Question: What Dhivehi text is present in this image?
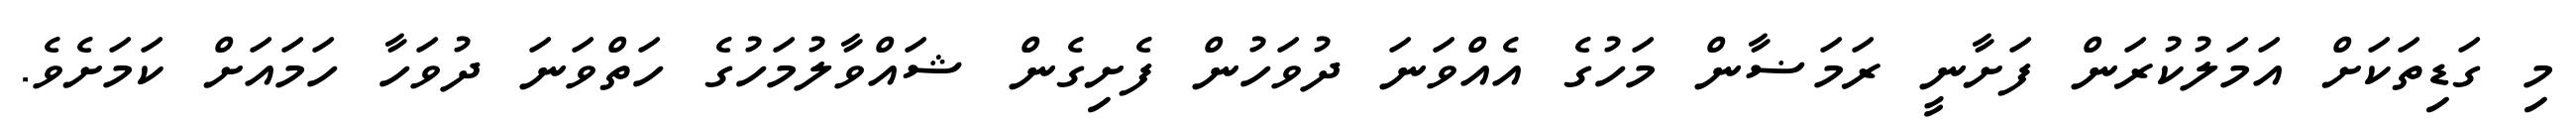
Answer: މި ގަޑިތަކަށް އަމަލުކުރަން ފަށާނީ ރަމަޟާން މަހުގެ އެއްވަނަ ދުވަހުން ފެށިގެން ޝައްވާލުމަހުގެ ހަތްވަނަ ދުވަހާ ހަމައަށް ކަމަށެވެ.